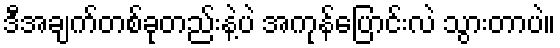
ဒီအချက်တစ်ခုတည်းနဲ့ပဲ အကုန်ပြောင်းလဲ သွားတာပဲ။